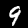
Digit: 9